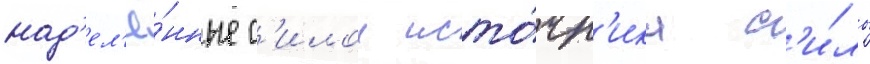
над'ел'ё́нные с'илои исто́чн'ика с'и́лы